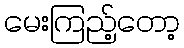
မေးကြည့်တော့